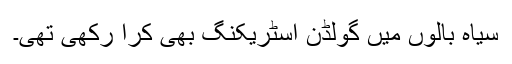
سیاہ بالوں میں گولڈن اسٹریکنگ بھی کرا رکھی تھی۔